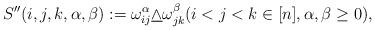
LaTeX: \begin{align*}S''(i,j,k,\alpha,\beta):=\omega_{ij}^\alpha\underline\wedge\omega_{jk}^\beta (i<j<k\in[n],\alpha,\beta\geq 0), \end{align*}